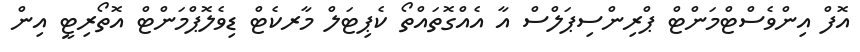
އޮފް އިންވެސްޓްމަންޓް ޕްރިންސިޕަލްސް އާ އެއްގޮތައްތޯ ކެޕިޓަލް މާރކެޓް ޑިވެލޮޕްމަންޓް އޮތޯރިޓީ އިން